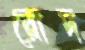
রোদ